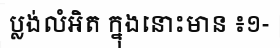
ប្លង់លំអិត ក្នុងនោះមាន ៖១-